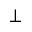
\bot